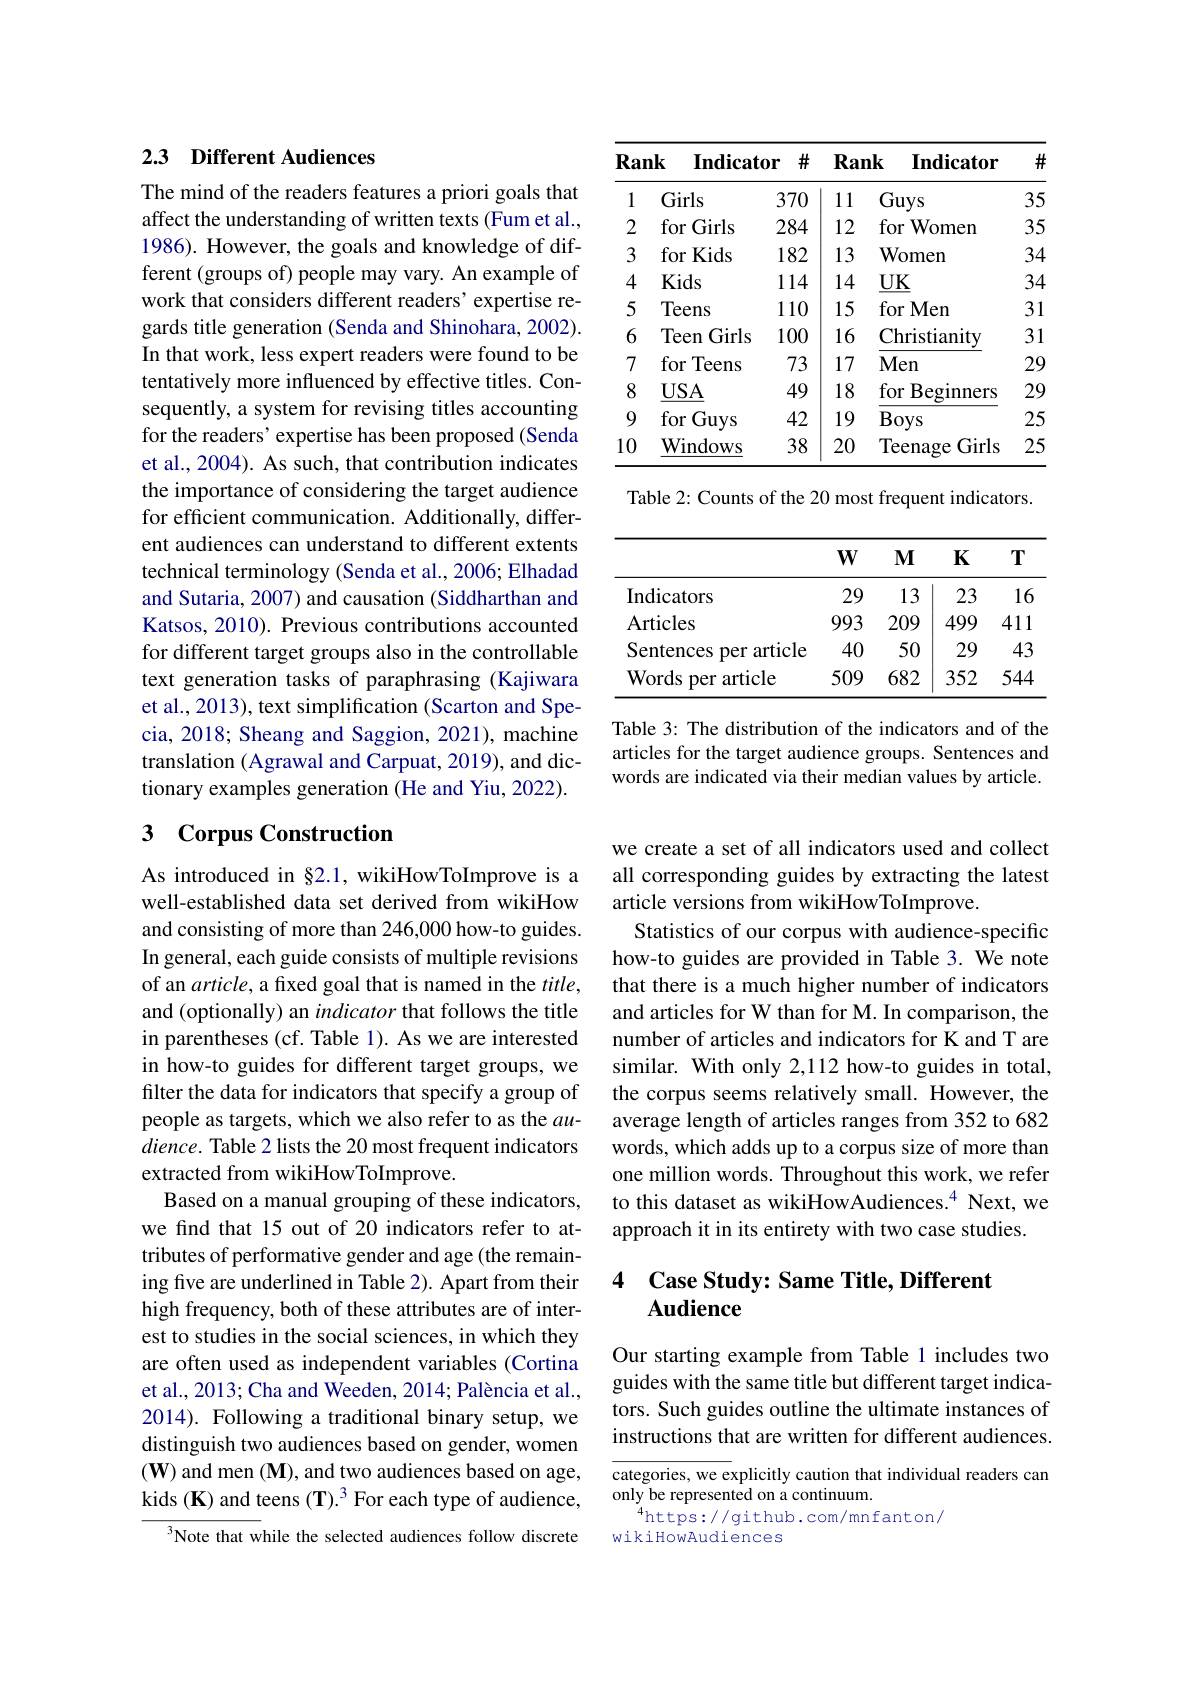
<table>
	<tbody>
		<tr>
			<th>1</th>
			<th>Girls</th>
			<th>370</th>
			<th>1 1 I 1</th>
			<th>Guys</th>
			<th>35</th>
		</tr>
		<tr>
			<td>2</td>
			<td>for Girls</td>
			<td>284</td>
			<td>12</td>
			<td>for ${\mathbf{Women}}$</td>
			<td>35</td>
		</tr>
		<tr>
			<td>3</td>
			<td>for Kids</td>
			<td>182</td>
			<td>13</td>
			<td>$\mathbf{Women}$</td>
			<td>34</td>
		</tr>
		<tr>
			<td>4</td>
			<td>Kids</td>
			<td>114</td>
			<td>14</td>
			<td>$\underline{\mathrm{UK}}$</td>
			<td>34</td>
		</tr>
		<tr>
			<td>5</td>
			<td>Teens</td>
			<td>110</td>
			<td>15</td>
			<td>for Men</td>
			<td>31</td>
		</tr>
		<tr>
			<td>6</td>
			<td>Teen Girls</td>
			<td>100</td>
			<td>16</td>
			<td>Christianity</td>
			<td>31 </td>
		</tr>
		<tr>
			<td>7</td>
			<td>for Teens</td>
			<td>73</td>
			<td>17</td>
			<td>Men</td>
			<td>29 .</td>
		</tr>
		<tr>
			<td>8</td>
			<td>$\underline{USA}$</td>
			<td>49</td>
			<td>18 1</td>
			<td>for I Beginners</td>
			<td>29</td>
		</tr>
		<tr>
			<td>9</td>
			<td>for Guys</td>
			<td>42</td>
			<td>19</td>
			<td>Boys</td>
			<td>25</td>
		</tr>
		<tr>
			<td>10</td>
			<td>Windows</td>
			<td>38</td>
			<td>20</td>
			<td>Teenage Girls</td>
			<td>25</td>
		</tr>
	</tbody>
</table>

Table 2: Counts of the 20 most frequent indicators.

<table>
	<tbody>
		<tr>
			<th> </th>
			<th>$W$</th>
			<th>$MI$</th>
			<th>$K$</th>
			<th>$T$</th>
		</tr>
		<tr>
			<td>Indicators</td>
			<td>29</td>
			<td>13</td>
			<td>23</td>
			<td>16</td>
		</tr>
		<tr>
			<td>Articles</td>
			<td>993</td>
			<td>209</td>
			<td>499</td>
			<td>411</td>
		</tr>
		<tr>
			<td>Sentences per article</td>
			<td>40</td>
			<td>50</td>
			<td>29</td>
			<td>43</td>
		</tr>
		<tr>
			<td>${\mathbf{W}}_{\mathrm{ords}}$ per article</td>
			<td>509</td>
			<td>682</td>
			<td>352</td>
			<td>544</td>
		</tr>
	</tbody>
</table>

Table 3: The distribution of the indicators and of the articles for the target audience groups. Sentences and words are indicated via their median values by article.

## 2.3 Different Audiences

The mind of the readers features a priori goals that affect the understanding of written texts (Fum et al., 1986). However, the goals and knowledge of different (groups of) people may vary. An example of work that considers different readers' expertise regards title generation (Senda and Shinohara, 2002). In that work, less expert readers were found to be tentatively more influenced by effective titles. Consequently, a system for revising titles accounting for the readers' expertise has been proposed (Senda et al., 2004). As such, that contribution indicates the importance of considering the target audience for efficient communication. Additionally, different audiences can understand to different extents technical terminology (Senda et al., 2006; Elhadad and Sutaria, 2007) and causation (Siddharthan and Katsos, 2010). Previous contributions accounted for different target groups also in the controllable text generation tasks of paraphrasing (Kajiwara et al., 2013), text simplification (Scarton and Specia, 2018; Sheang and Saggion, 2021), machine translation (Agrawal and Carpuat, 2019), and dictionary examples generation (He and Yiu, 2022).

## 3 Corpus Construction

As introduced in §2.1, wikiHowToImprove is a well-established data set derived from wikiHow and consisting of more than 246,000 how-to guides. In general, each guide consists of multiple revisions of an article, a fixed goal that is named in the $title$, and (optionally) an indicator that follows the title in parentheses (cf. Table 1). As we are interested in how-to guides for different target groups, we filter the data for indicators that specify a group of people as targets, which we also refer to as the $au-$ $dience.$ Table 2 lists the 20 most frequent indicators extracted from wikiHowToImprove.
Based on a manual grouping of these indicators, we find that 15 out of 20 indicators refer to attributes of performative gender and age (the remaining five are underlined in Table 2). Apart from their high frequency, both of these attributes are of interest to studies in the social sciences, in which they are often used as independent variables (Cortina et al., 2013; Cha and Weeden, 2014; Palència et al., 2014). Following a traditional binary setup, we distinguish two audiences based on gender, women (W) and men (M), and two audiences based on age, kids (K) and teens (T).$^3$ For each type of audience,
Note that while the selected audiences follow discrete

we create a set of all indicators used and collect all corresponding guides by extracting the latest article versions from wikiHowToImprove.
Statistics of our corpus with audience-specific how-to guides are provided in Table 3. We note that there is a much higher number of indicators and articles for W than for M. In comparison, the number of articles and indicators for K and T are similar. With only 2,112 how-to guides in total, the corpus seems relatively small. However, the average length of articles ranges from 352 to 682 words, which adds up to a corpus size of more than one million words. Throughout this work, we refer to this dataset as wikiHowAudiences.$^{4}$ Next, we approach it in its entirety with two case studies

### 4 Case Study: Same Title, Different Audience

Our starting example from Table 1 includes two guides with the same title but different target indicators. Such guides outline the ultimate instances of instructions that are written for different audiences.

categories, we explicitly caution that individual readers can
only be represented on a continuum.
$^{4}$https://github.com/mnfanton/
wikiHowAudiences